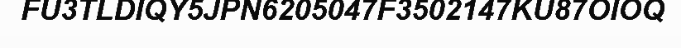
FU3TLDIQY5JPN6205047F3502147KU87OIOQ